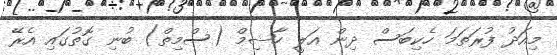
މިއަދު ފުރަތަމަ ހެކިބަސް ދިން އަލީ ހާޝިމް (ސްމިތް) ބުނި ގޮތުގައި އެރޭ